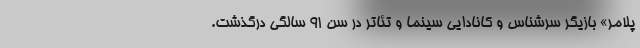
پلامر» بازیگر سرشناس و کانادایی سینما و تئاتر در سن ۹۱ سالگی درگذشت.